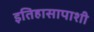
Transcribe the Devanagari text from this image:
इतिहासापाशी